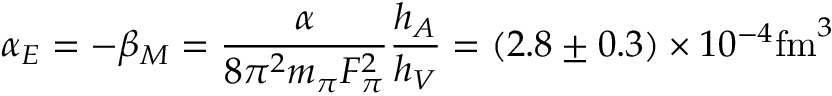
\alpha _ { E } = - \beta _ { M } = { \frac { \alpha } { 8 \pi ^ { 2 } m _ { \pi } F _ { \pi } ^ { 2 } } } { \frac { h _ { A } } { h _ { V } } } = ( 2 . 8 \pm 0 . 3 ) \times 1 0 ^ { - 4 } \mathrm { f m } ^ { 3 }